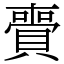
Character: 賷